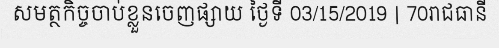
សមត្ថកិច្ចចាប់ខ្លួនចេញផ្សាយ ថ្ងៃទី 03/15/2019 | 70រាជធានី